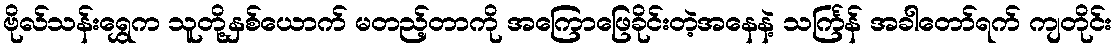
ဗိုလ်သန်းရွှေက သူတို့နှစ်ယောက် မတည့်တာကို အကြောဖြေခိုင်းတဲ့အနေနဲ့ သင်္ကြန် အခါတော်ရက် ကျတိုင်း